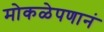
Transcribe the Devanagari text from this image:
मोकळेपणानं